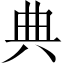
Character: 典